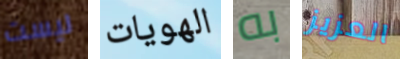
ليست الهويات به العزيز